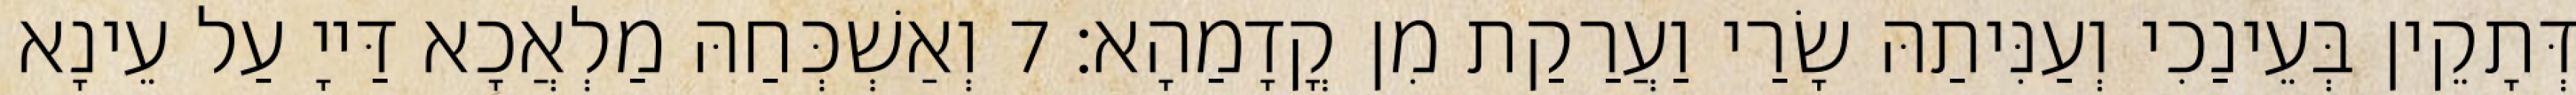
דְּתָקֵין בְּעֵינַכִי וְעַנִּיתַהּ שָׂרַי וַעֲרַקַת מִן קֳדָמַהָא׃ 7 וְאַשְׁכְּחַהּ מַלְאֲכָא דַּייָ עַל עֵינָא